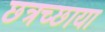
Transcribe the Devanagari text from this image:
छत्रच्छाया